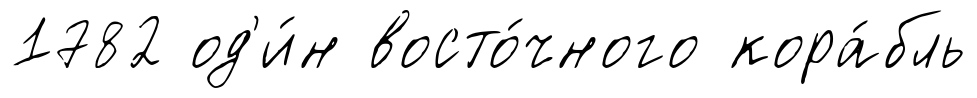
1782 од'и́н восто́чного кора́бль